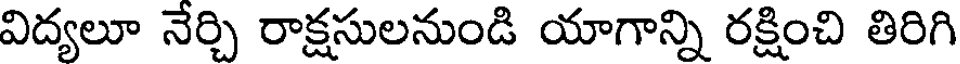
విద్యలూ నేర్చి రాక్షసులనుండి యాగాన్ని రక్షించి తిరిగి